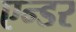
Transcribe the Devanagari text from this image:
एन्डर